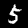
Label: 5